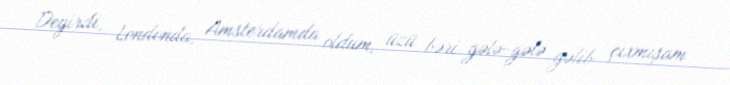
Deyirdi, Londonda, Amsterdamda oldum, üzü bəri gələ-gələ gəlib çıxmışam